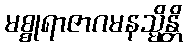
မစ္စုရာဇာဂမနသ္မိန္တိ